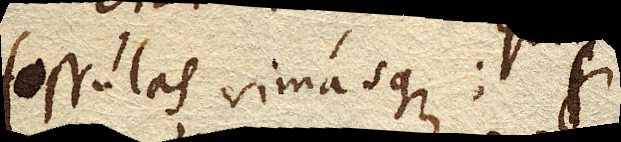
fossulas rimasque;